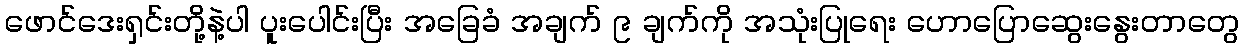
ဖောင်ဒေးရှင်းတို့နဲ့ပါ ပူးပေါင်းပြီး အခြေခံ အချက် ၉ ချက်ကို အသုံးပြုရေး ဟောပြောဆွေးနွေးတာတွေ